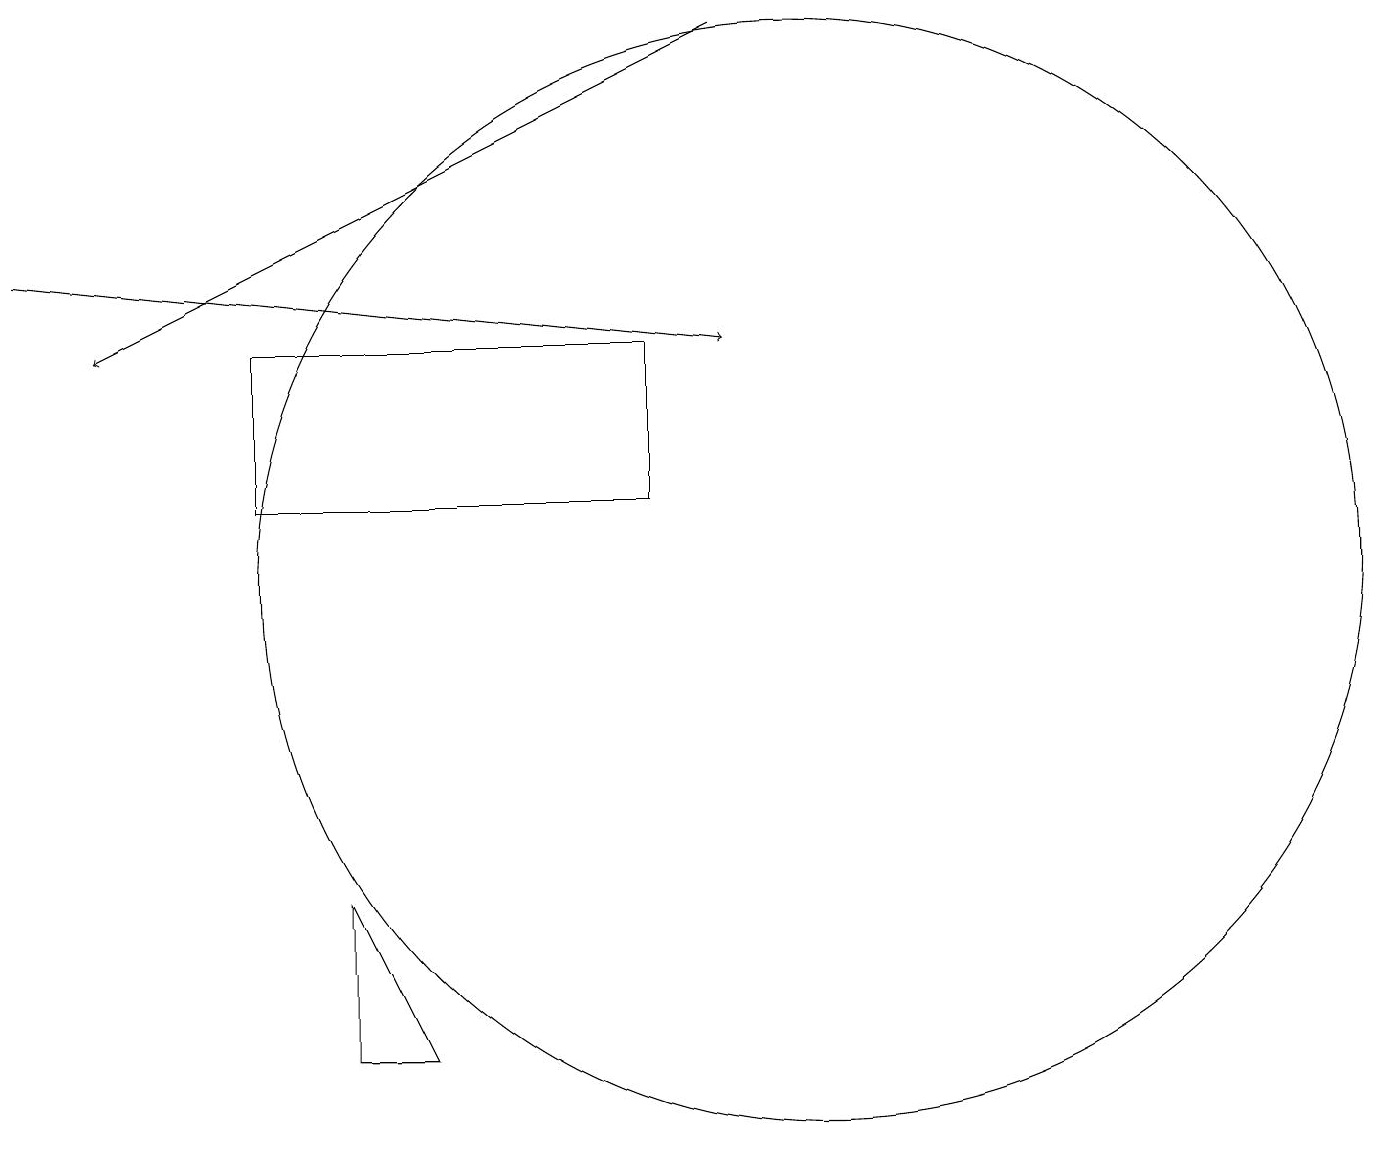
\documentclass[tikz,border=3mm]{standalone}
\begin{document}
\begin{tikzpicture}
\draw (8,13) rectangle (3,11);
\draw (4,4) -- (4,6) -- (5,4) -- cycle;
\draw[->] (0,14) -- (9,13);
\draw[->] (9,17) -- (1,13);
\draw (10,10) circle (7);
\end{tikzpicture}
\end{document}